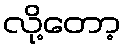
လို့တော့